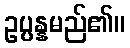
ဥပ္ပန္နမည်၏။